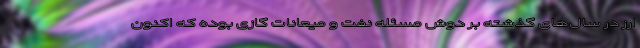
ارز در سال‌های گذشته بر دوش مسئله نفت و میعانات گازی بوده که اکنون